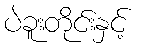
ပဲခူးတိုင်းနှင့်